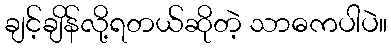
ချင့်ချိန်လို့ရတယ်ဆိုတဲ့ သာဓကပါပဲ။